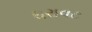
ધરાવટ